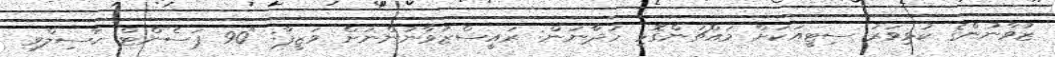
ޒުވާނުންގެ ކުޅިވަރު ސިޓީއަކަށް މައްޗަންގޮޅި ހަދާނަން: ރައީސްޒުވާނުންނަށް ވަޒީފާ: "90 ޕަސެންޓް ހާސިލްވި